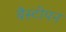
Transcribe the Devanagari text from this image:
बैस्टीयन